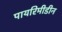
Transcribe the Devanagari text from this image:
पायरिमीडीन